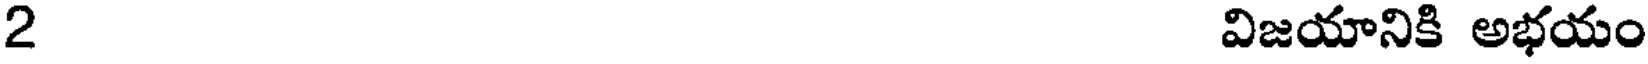
2 విజయానికి అభయం